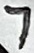
Text: 7